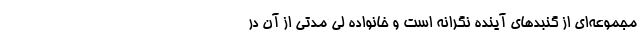
مجموعه‌ای از گنبد‌های آینده نگرانه است و خانواده لی مدتی از آن در